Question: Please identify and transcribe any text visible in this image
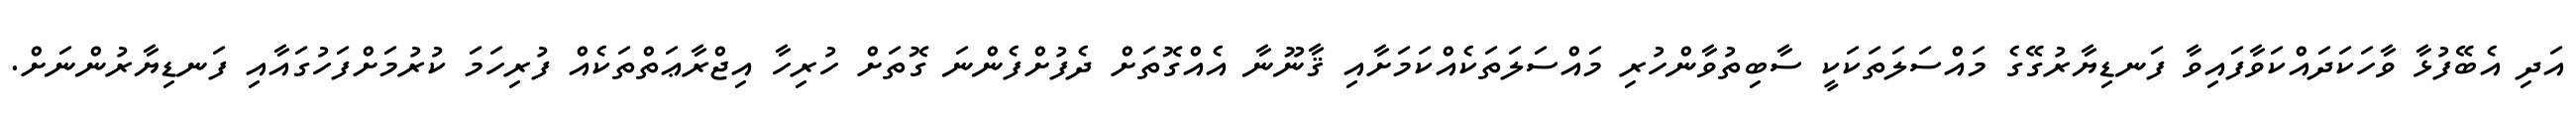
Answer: އަދި އެބޭފުޅާ ވާހަކަދައްކަވާފައިވާ ފަނޑިޔާރުގޭގެ މައްސަލަތަކަކީ ސާބިތުވާންހުރި މައްސަލަތަކެއްކަމަށާއި ޤާނޫނާ އެއްގޮތަށް ދެފުށްފެންނަ ގޮތަށް ހުރިހާ އިޖްރާޢަތްތަކެއް ފުރިހަމަ ކުރުމަށްފަހުގައާއި ފަނޑިޔާރުންނަށް.